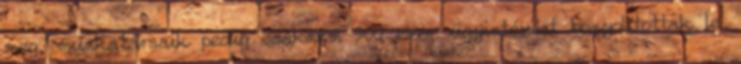
meg, munkatársaik pedig csaknem 900 ezer ügyintézést bonyolítottak le.